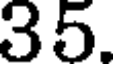
35.